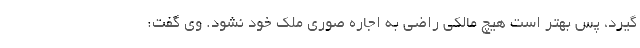
گیرد، پس بهتر است هیچ مالکی راضی به اجاره صوری ملک خود نشود. وی گفت: